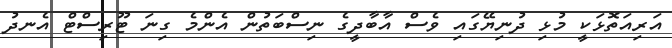
އަރިއަތޮޅަކީ މުޅި ދުނިޔޭގައި ވެސް އާބާދީގެ ނިސްބަތުން އެންމެ ގިނަ ޓޫރިސްޓް އެނދު